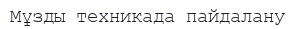
Мұзды техникада пайдалану